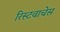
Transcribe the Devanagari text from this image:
रिस्टवाचेस